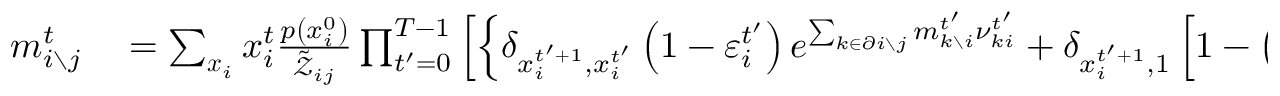
\begin{array} { r l } { m _ { i \setminus j } ^ { t } } & { { } = \sum _ { \boldsymbol { x } _ { i } } x _ { i } ^ { t } \frac { p \left( x _ { i } ^ { 0 } \right) } { \tilde { \mathcal { Z } } _ { i j } } \prod _ { t ^ { \prime } = 0 } ^ { T - 1 } \left[ \left\{ \delta _ { x _ { i } ^ { t ^ { \prime } + 1 } , x _ { i } ^ { t ^ { \prime } } } \left( 1 - \varepsilon _ { i } ^ { t ^ { \prime } } \right) e ^ { \sum _ { k \in \partial i \setminus j } m _ { k \setminus i } ^ { t ^ { \prime } } \nu _ { k i } ^ { t ^ { \prime } } } + \delta _ { x _ { i } ^ { t ^ { \prime } + 1 } , 1 } \left[ 1 - \left( 1 - \varepsilon _ { i } ^ { t ^ { \prime } } \right) e ^ { \sum _ { k \in \partial i \setminus j } m _ { k \setminus i } ^ { t ^ { \prime } } \nu _ { k i } ^ { t ^ { \prime } } } \right] \right\} \right. } \end{array}